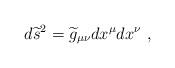
LaTeX: \begin{align*}d{\widetilde s}^2={\widetilde g}_{\mu\nu}dx^\mu dx^\nu~,\end{align*}